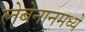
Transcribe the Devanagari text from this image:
लेबेनानमध्ये